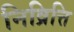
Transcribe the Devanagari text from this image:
निव्रित्ति